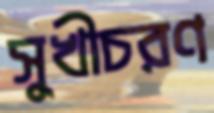
সুখীচরণ